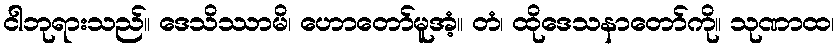
ငါဘုရားသည်။ ဒေသိဿာမိ၊ ဟောတော်မူအံ့။ တံ၊ ထိုဒေသနာတော်ကို။ သုဏာထ၊